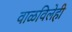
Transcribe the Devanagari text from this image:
वाळविलेही